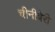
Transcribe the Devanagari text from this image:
चीनीबेरी